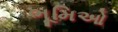
ભૂમિઓ